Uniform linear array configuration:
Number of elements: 8
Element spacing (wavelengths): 1
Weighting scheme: hamming
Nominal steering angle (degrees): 15
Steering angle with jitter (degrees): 16.511
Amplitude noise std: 0.05
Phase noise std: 0.05

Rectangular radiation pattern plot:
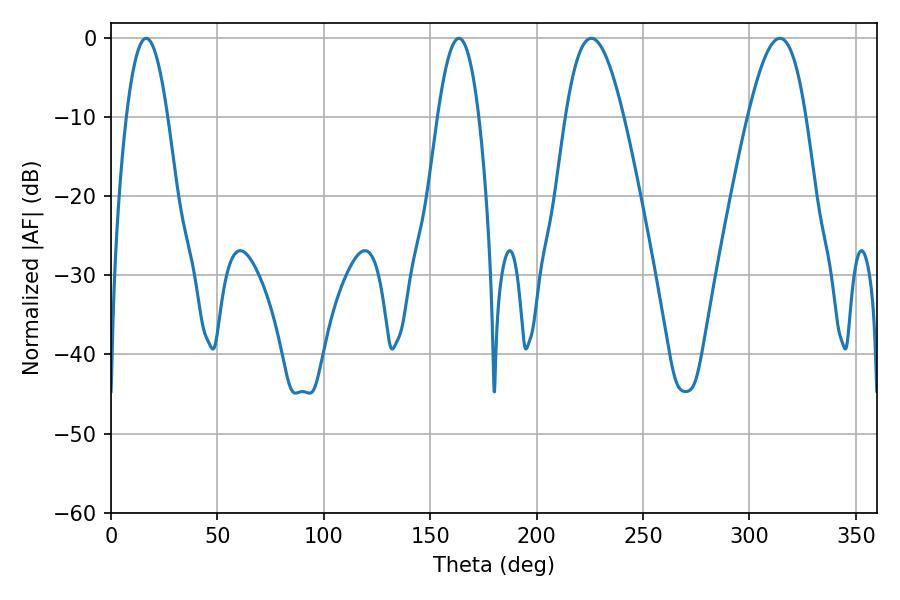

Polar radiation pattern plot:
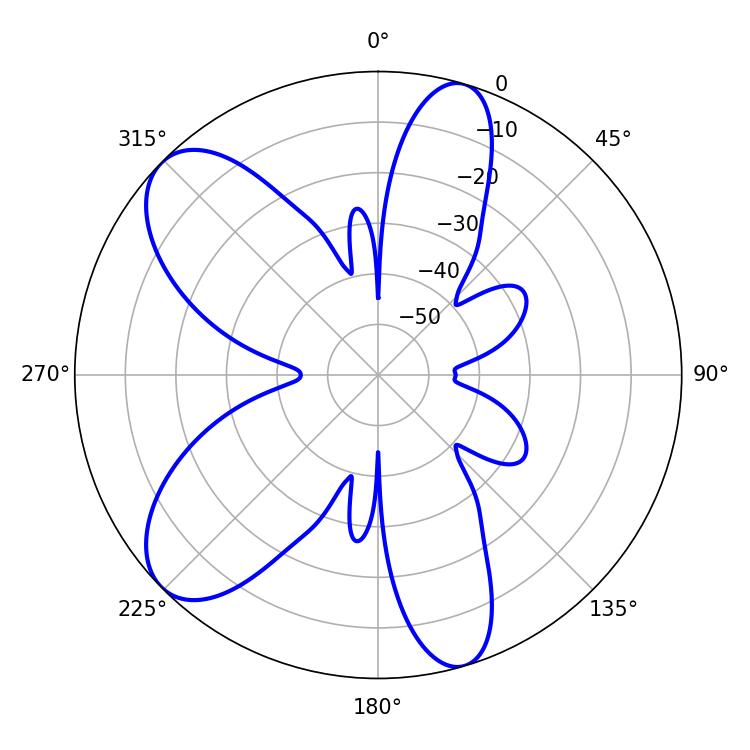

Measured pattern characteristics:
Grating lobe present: TRUE
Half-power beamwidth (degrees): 14.76
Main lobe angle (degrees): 225.72